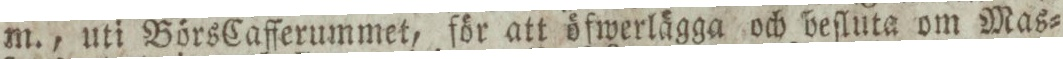
m., uti Börs Cafferummet, för att öfwerlägga och beſluta om Mas=